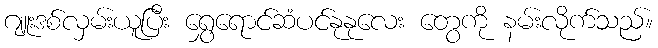
ဂျူးဒစ်လှမ်းယူပြီး ရွှေရောင်ဆံပင်နုနုလေး တွေကို နမ်းလိုက်သည်။